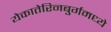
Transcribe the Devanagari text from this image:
येकातेरिनबुर्गमध्ये